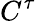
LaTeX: C^{\tau}